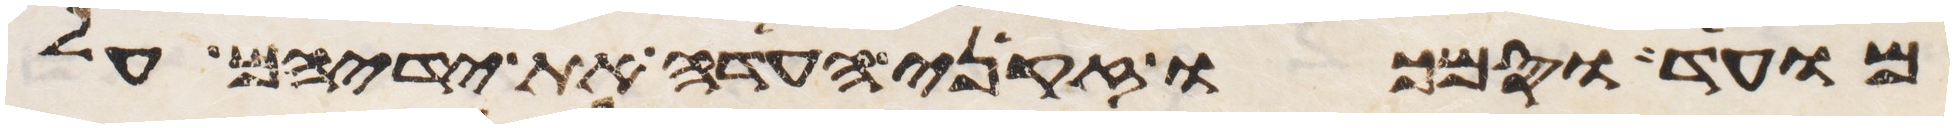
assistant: מועד וסמכו זקני העדה את ידיהם על